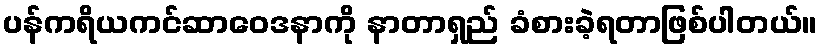
ပန်ကရိယကင်ဆာဝေဒနာကို နာတာရှည် ခံစားခဲ့ရတာဖြစ်ပါတယ်။